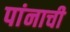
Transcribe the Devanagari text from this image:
पांनाची